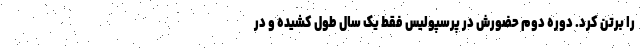
را برتن کرد. دوره دوم حضورش در پرسپولیس فقط یک سال طول کشیده و در